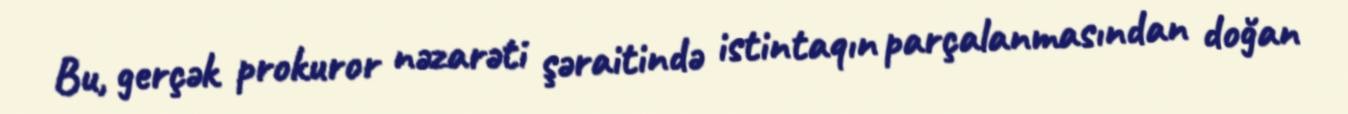
Bu, gerçək prokuror nəzarəti şəraitində istintaqın parçalanmasından doğan